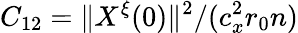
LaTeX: C_{12}=\| X^{\xi}(0)\| ^{2}/(c_{x}^{2}r_{0}n)